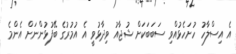
އެ އިސްލާހު ހުށަހެޅުއްވި ސަބަބަކަށް ޝުޖާއު ވިދާޅުވީ އެ އުމުރުގެ ބޭފުޅުންނަށް އެންމެ